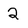
Character: 2